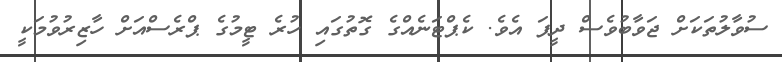
ސުވާލުތަކަށް ޖަވާބުވެސް ދީފަ އެވެ. ކެޕްޓަނެއްގެ ގޮތުގައި ހުރެ ޓީމުގެ ޕްރެސްއަށް ހާޒިރުވުމަކީ